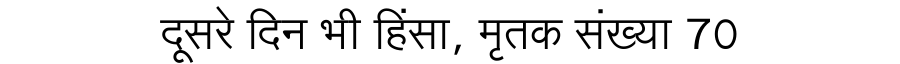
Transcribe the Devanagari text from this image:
दूसरे दिन भी हिंसा, मृतक संख्या 70